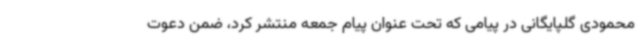
محمودی گلپایگانی در پیامی که تحت عنوان پیام جمعه منتشر کرد، ضمن دعوت